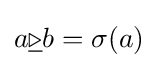
a{\underline {\triangleright }}b=\sigma (a)